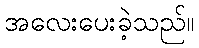
အလေးပေးခဲ့သည်။